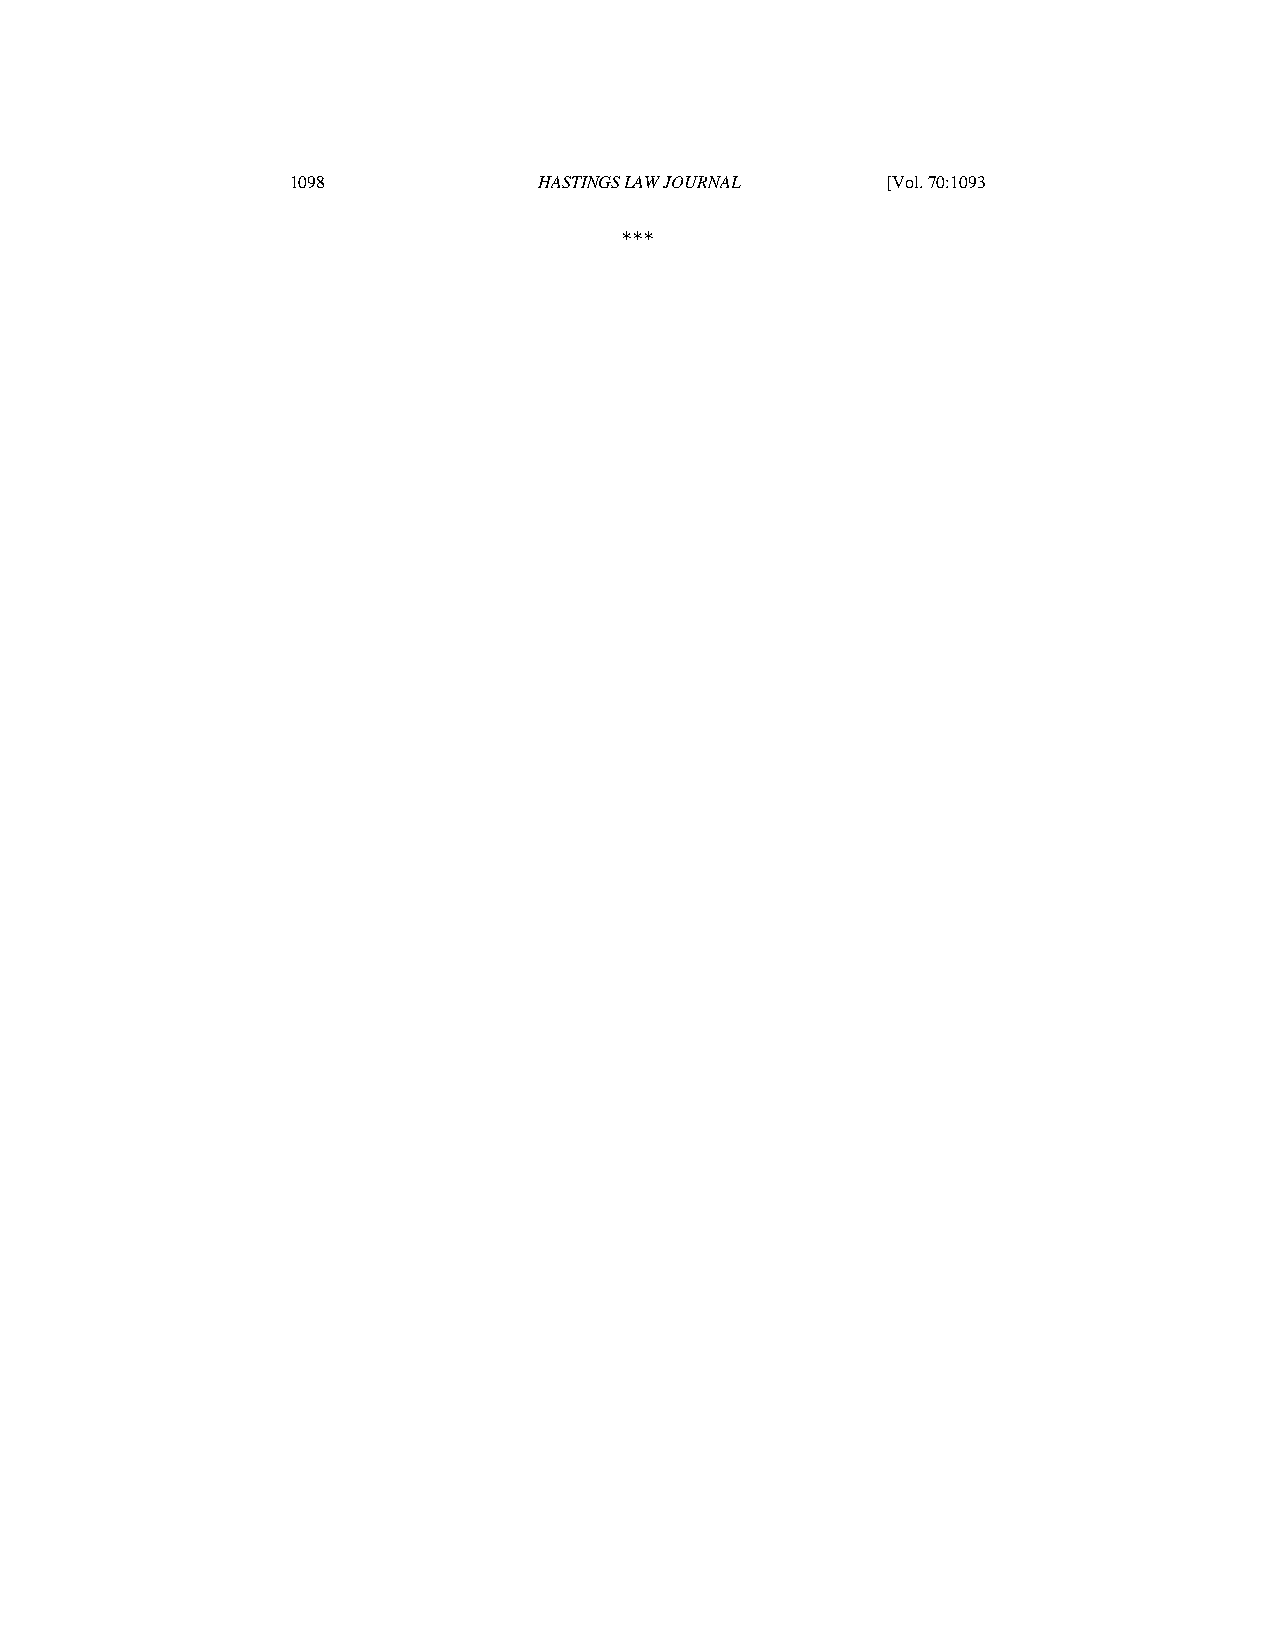
70.4 - KONIAK (DO NOT DELETE)         5/10/2019 11:56 AM
 1098             HASTINGS LAW JOURNAL   [Vol. 70:1093
 ***